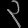
Digit: ၃